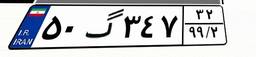
۰۰گ۰۲۶۱۷